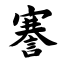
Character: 謇